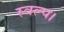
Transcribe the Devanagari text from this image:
स्वल्प।